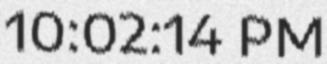
10:02:14 PM